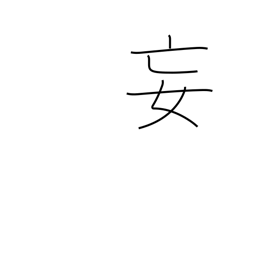
Meaning: delusion